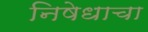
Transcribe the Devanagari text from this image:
निषेधाचा